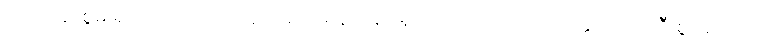
ပြုလုပ်နိုင်စွမ်းရှိရမည်ဟူသောယူဆချက် မှန်ကန်ပါမူကား အပင်သည် သတ္တဝါထက် ဦးစွာ ပေါ်သော